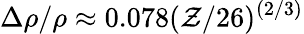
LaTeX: \Delta\rho/\rho\approx0.078(\mathcal{Z}/26)^{(2/3)}